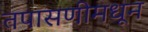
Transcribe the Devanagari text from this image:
तपासणीमधून